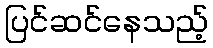
ပြင်ဆင်နေသည့်